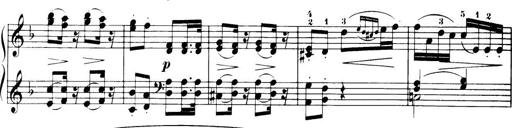
Title: 32 Sonatinas and Rondos for the Piano
Composer: Richard Kleinmichel